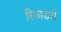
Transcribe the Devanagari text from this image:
रिकाडर्स